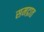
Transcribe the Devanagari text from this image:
समद्रात